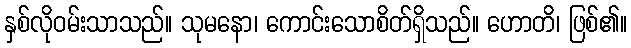
နှစ်လိုဝမ်းသာသည်။ သုမနော၊ ကောင်းသောစိတ်ရှိသည်။ ဟောတိ၊ ဖြစ်၏။